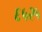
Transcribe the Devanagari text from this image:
६५२५